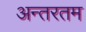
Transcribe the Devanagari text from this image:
अन्तरतम